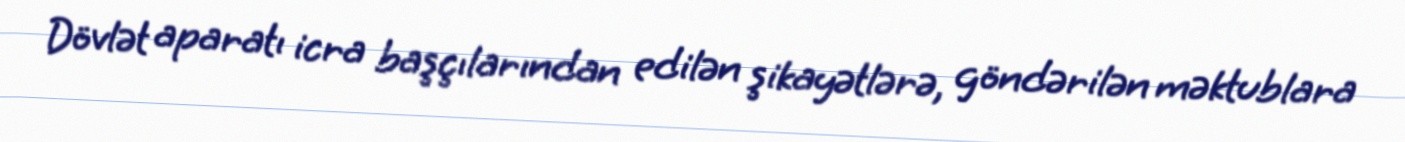
Dövlət aparatı icra başçılarından edilən şikayətlərə, göndərilən məktublara